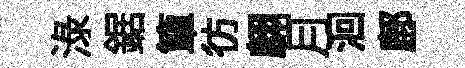
渌鋸簞彷翺月洄鄜